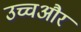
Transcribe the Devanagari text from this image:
उच्चऔर